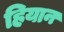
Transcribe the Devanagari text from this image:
हियान